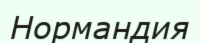
Нормандия